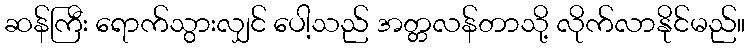
ဆန်ကြီး ရောက်သွားလျှင် ပေါ့သည် အတ္တလန်တာသို့ လိုက်လာနိုင်မည်။